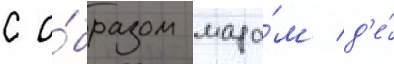
с о́бразом мада́м д'е́